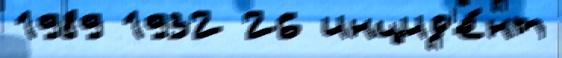
1989 1932 26 инцид'е́нт